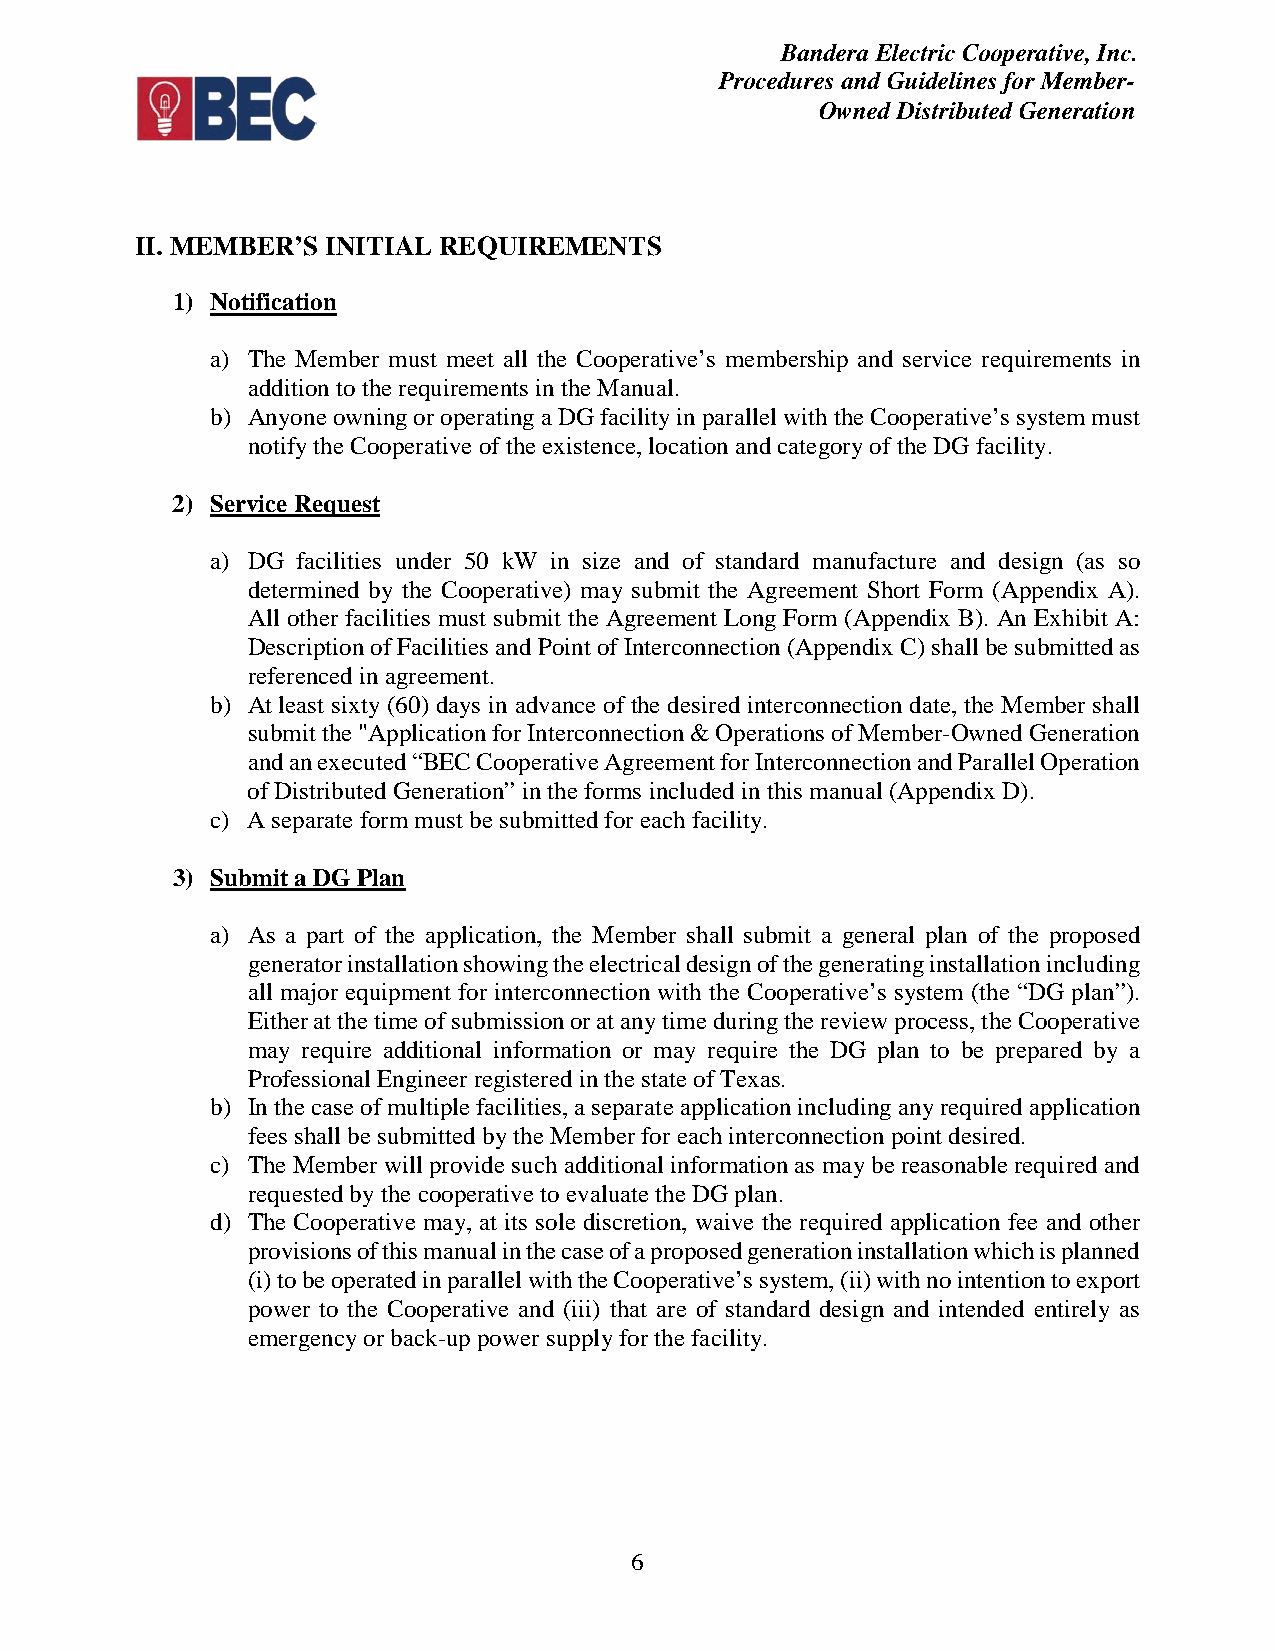
Bandera Electric Cooperative, Inc.
 Procedures and Guidelines for Member-
 Owned Distributed Generation
 II. MEMBER’S INITIAL REQUIREMENTS
 1) Notification
 a) The Member must meet all the Cooperative’s membership and service requirements in
 addition to the requirements in the Manual.
 b) Anyone owning or operating a DG facility in parallel with the Cooperative’s system must
 notify the Cooperative of the existence, location and category of the DG facility.
 2) Service Request
 a) DG facilities under 50 kW in size and of standard manufacture and design (as so
 determined by the Cooperative) may submit the Agreement Short Form (Appendix A).
 All other facilities must submit the Agreement Long Form (Appendix B). An Exhibit A:
 Description of Facilities and Point of Interconnection (Appendix C) shall be submitted as
 referenced in agreement.
 b) At least sixty (60) days in advance of the desired interconnection date, the Member shall
 submit the "Application for Interconnection & Operations of Member-Owned Generation
 and an executed “BEC Cooperative Agreement for Interconnection and Parallel Operation
 of Distributed Generation” in the forms included in this manual (Appendix D).
 c) A separate form must be submitted for each facility.
 3) Submit a DG Plan
 a) As a part of the application, the Member shall submit a general plan of the proposed
 generator installation showing the electrical design of the generating installation including
 all major equipment for interconnection with the Cooperative’s system (the “DG plan”).
 Either at the time of submission or at any time during the review process, the Cooperative
 may require additional information or may require the DG plan to be prepared by a
 Professional Engineer registered in the state of Texas.
 b) In the case of multiple facilities, a separate application including any required application
 fees shall be submitted by the Member for each interconnection point desired.
 c) The Member will provide such additional information as may be reasonable required and
 requested by the cooperative to evaluate the DG plan.
 d) The Cooperative may, at its sole discretion, waive the required application fee and other
 provisions of this manual in the case of a proposed generation installation which is planned
 (i) to be operated in parallel with the Cooperative’s system, (ii) with no intention to export
 power to the Cooperative and (iii) that are of standard design and intended entirely as
 emergency or back-up power supply for the facility.
 6